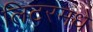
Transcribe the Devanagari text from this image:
लिटरमधे